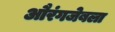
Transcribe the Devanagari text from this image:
औरंगजेबला